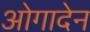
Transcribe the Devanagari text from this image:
ओगादेन